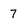
Character: 7